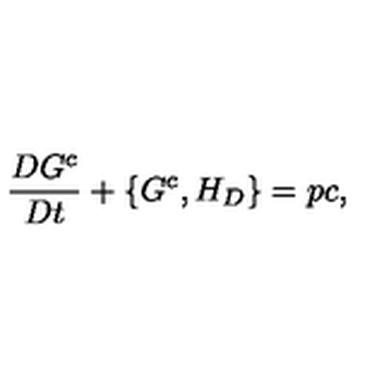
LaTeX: \frac { D G ^ { c } } { D t } + \{ G ^ { c } , H _ { D } \} = p c ,